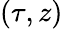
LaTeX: (\tau,z)